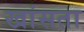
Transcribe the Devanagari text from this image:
खांसता